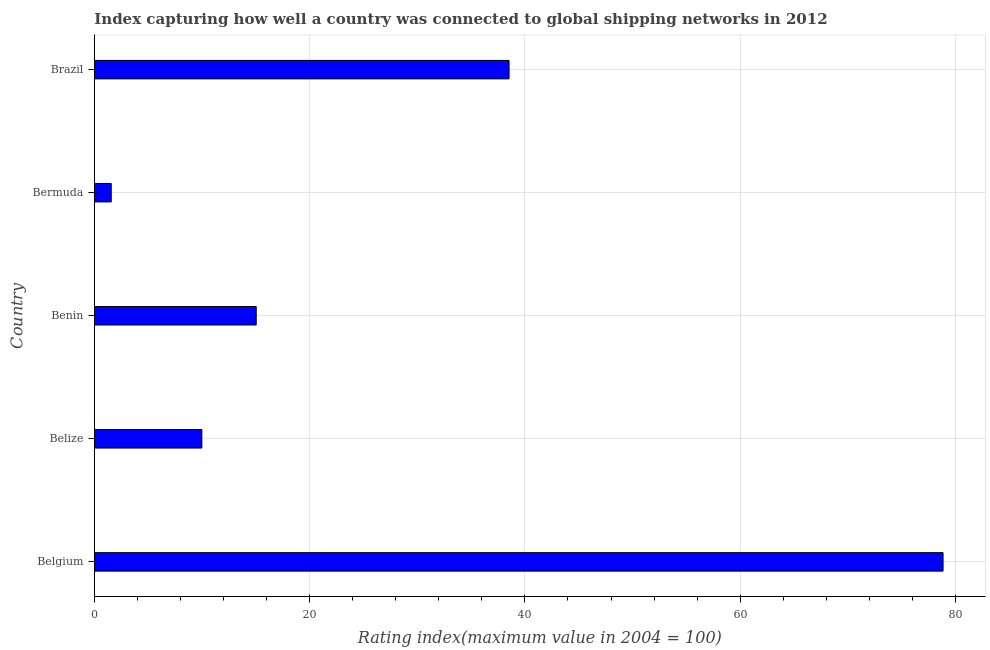
| Country | Liner shipping connectivity index  |
 | --- | --- |
 | Belgium | 78.8 |
 | Belize | 9.99 |
 | Benin | 15 |
 | Bermuda | 1.57 |
 | Brazil | 38.5 |